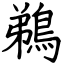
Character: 鵜